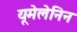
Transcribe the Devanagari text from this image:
यूमेलेनिन